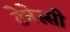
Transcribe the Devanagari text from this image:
टेनेस्सी